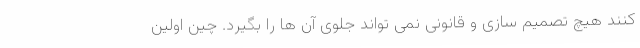
کنند هیچ تصمیم سازی و قانونی نمی تواند جلوی آن ها را بگیرد. چین اولین